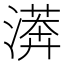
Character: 𣾘